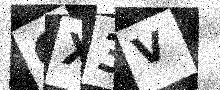
Text: CX3V